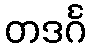
တဒင်္ဂ